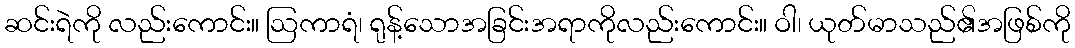
ဆင်းရဲကို လည်းကောင်း။ ဩကာရံ၊ ရုန့်သောအခြင်းအရာကိုလည်းကောင်း။ ဝါ၊ ယုတ်မာသည်၏အဖြစ်ကို